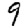
Digit: 9